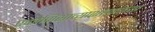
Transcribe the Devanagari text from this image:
एकोणिसाव्याशतकाच्या